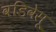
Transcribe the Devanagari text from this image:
वडिवेसू